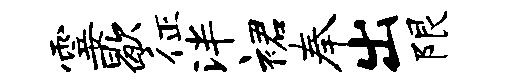
霎歇征泮裙奉出限